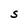
Character: S